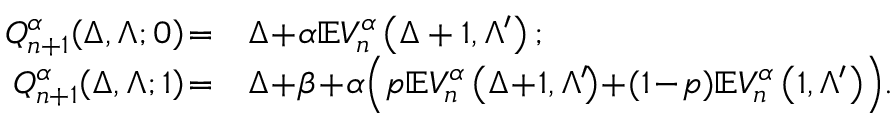
\begin{array} { r l } { \! \! Q _ { n + 1 } ^ { \alpha } \! \left( \Delta , \Lambda ; 0 \right) \! = } & { \Delta \! + \! \alpha \mathbb { E } V _ { n } ^ { \alpha } \left( \Delta + 1 , \Lambda ^ { \prime } \right) ; } \\ { \! \! Q _ { n + 1 } ^ { \alpha } \! \left( \Delta , \Lambda ; 1 \right) \! = } & { \Delta \! + \! \beta \! + \! \alpha \Big ( p \mathbb { E } V _ { n } ^ { \alpha } \left( \Delta \! + \! 1 , \Lambda ^ { \prime } \! \right) \! + \! ( 1 \! - \! p ) \mathbb { E } V _ { n } ^ { \alpha } \left( 1 , \Lambda ^ { \prime } \right) \! \Big ) . } \end{array}